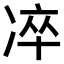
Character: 𠗚